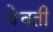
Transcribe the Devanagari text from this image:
वेचती